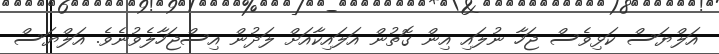
އަލްޔަސް ކަޅިވެސް ޖަހާ ނުލައި އިން ގޮތުން އަލައިކާއަށް ލަދުން އިސްޖަހާލެވުނެވެ. އަލްޔަސް